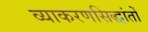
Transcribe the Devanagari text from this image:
व्याकरणसिद्धांतों